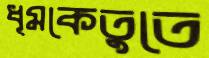
ধূমকেতুতে